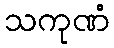
သကုဏံ